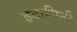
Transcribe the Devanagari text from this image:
इटालिनी